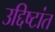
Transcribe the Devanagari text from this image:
उद्दिष्टांत